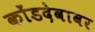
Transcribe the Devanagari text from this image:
कोंडदेवावर